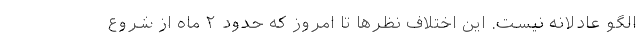
الگو عادلانه نیست. این اختلاف نظرها تا امروز که حدود ۲ ماه از شروع